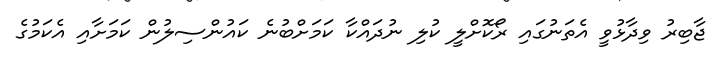
ޖާބިރު ވިދާޅުވީ އެތަނުގައި ރޯކޮށްލީ ކުލި ނުދައްކާ ކަމަށްބުނެ ކައުންސިލުން ކަމަށާއި އެކަމުގެ